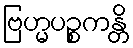
ဗြဟ္မပဉ္စကန္တိ